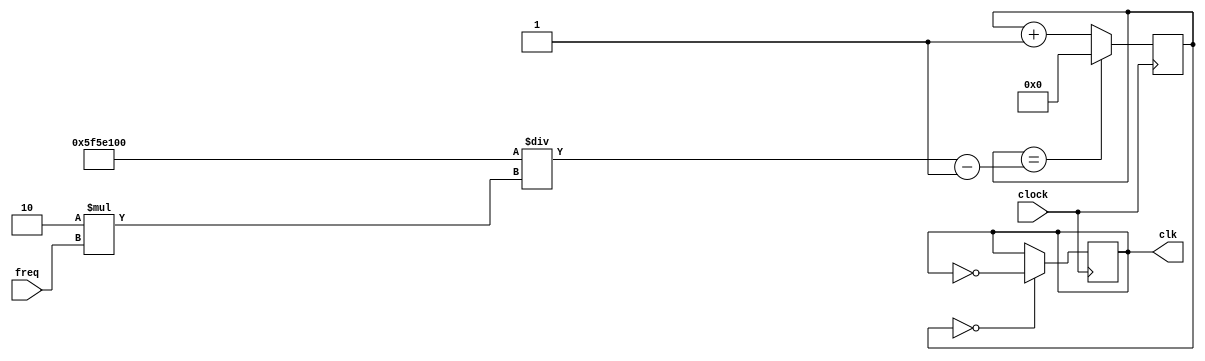
`timescale 1ns / 1ps
//////////////////////////////////////////////////////////////////////////////////
// Company: 
// Engineer: 
// 
// Design Name: 
// Module Name: my_20hz_clock
// Project Name: 
// Target Devices: 
// Tool Versions: 
// Description: 
// 
// Dependencies: 
// 
// Revision:
// Revision 0.01 - File Created
// Additional Comments:
// 
//////////////////////////////////////////////////////////////////////////////////


module my_clock(
    input clock,
    input [31:0] freq,
    output reg clk
    );
    
    reg [31:0] count = 0;
    reg [31:0] m;
    
    always @ (posedge clock) begin
       m = 100000000/(2*freq) - 1;
       count <= (count == m) ? 0 : count + 1;
       clk <= (count == 0) ? ~clk : clk;
    end
endmodule